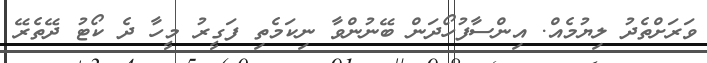
ވަރަށްތެދު ލިޔުމެއް. އިންސާފުހޯދަން ބޭނުންވާ ނިކަމެތި ފަގީރު މީހާ ދެ ކޯޓު ދޭތެރޭ